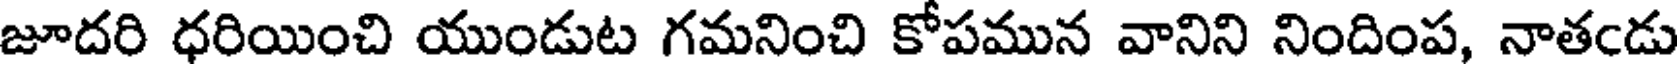
జూదరి ధరియించి యుండుట గమనించి కోపమున వానిని నిందింప, నాతఁడు